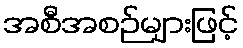
အစီအစဉ်များဖြင့်